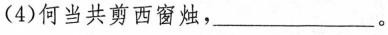
(4)何当共剪西窗烛，____。